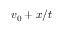
v _ { 0 } + x / t